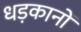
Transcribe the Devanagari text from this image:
धड़कानों